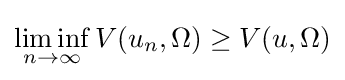
\liminf _{n\rightarrow \infty }V(u_{n},\Omega )\geq V(u,\Omega )